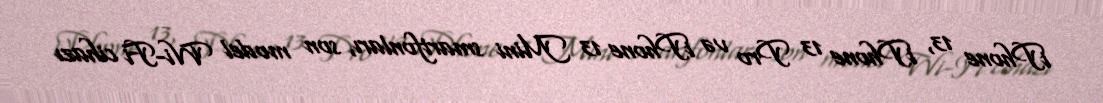
iPhone 13, iPhone 13 Pro və iPhone 13 Mini smartfonları, son model Wi-Fi cihazı